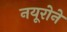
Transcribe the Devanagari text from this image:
नयूरोने